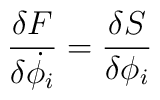
{\delta F \over \delta \dot{\phi_i}} = {\delta S \over \delta \phi_i}